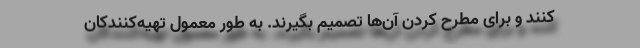
کنند و برای مطرح کردن آن‌ها تصمیم بگیرند. به طور معمول تهیه‌کنندکان